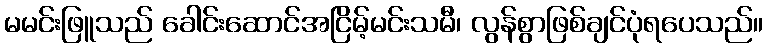
မမင်းဖြူသည် ခေါင်းဆောင်အငြိမ့်မင်းသမီ၊ လွန်စွာဖြစ်ချင်ပုံရပေသည်။